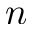
n